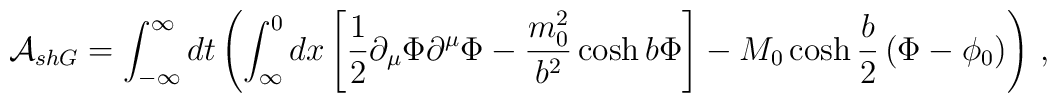
\mathcal{A}_{shG}=\int ^{\infty }_{-\infty }dt\left( \int ^{0}_{\infty }dx\left[ \frac{1}{2}\partial _{\mu }\Phi \partial ^{\mu }\Phi -\frac{m^{2}_{0}}{b^{2}}\cosh b\Phi \right] -M_{0}\cosh \frac{b}{2}\left( \Phi -\phi_{0}\right) \right)\,,